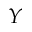
\boldsymbol { Y }